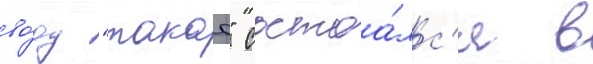
во́ду "такао" состоа́лс'я в